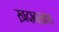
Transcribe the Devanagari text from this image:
ख़दाबख़श